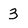
Character: 3